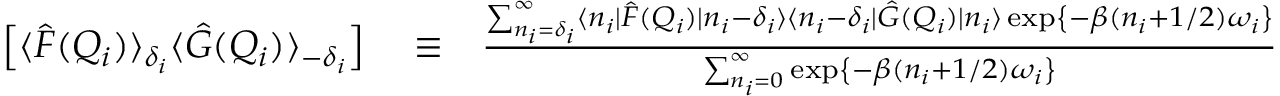
\begin{array} { r l r } { \left[ \langle \hat { F } ( Q _ { i } ) \rangle _ { \delta _ { i } } \langle \hat { G } ( Q _ { i } ) \rangle _ { - \delta _ { i } } \right] } & { { } \equiv } & { \frac { \sum _ { n _ { i } = \delta _ { i } } ^ { \infty } \langle n _ { i } | \hat { F } ( Q _ { i } ) | n _ { i } - \delta _ { i } \rangle \langle n _ { i } - \delta _ { i } | \hat { G } ( Q _ { i } ) | n _ { i } \rangle \exp \left\{ - \beta ( n _ { i } + 1 / 2 ) \omega _ { i } \right\} } { \sum _ { n _ { i } = 0 } ^ { \infty } \exp \left\{ - \beta ( n _ { i } + 1 / 2 ) \omega _ { i } \right\} } } \end{array}